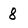
Character: 8